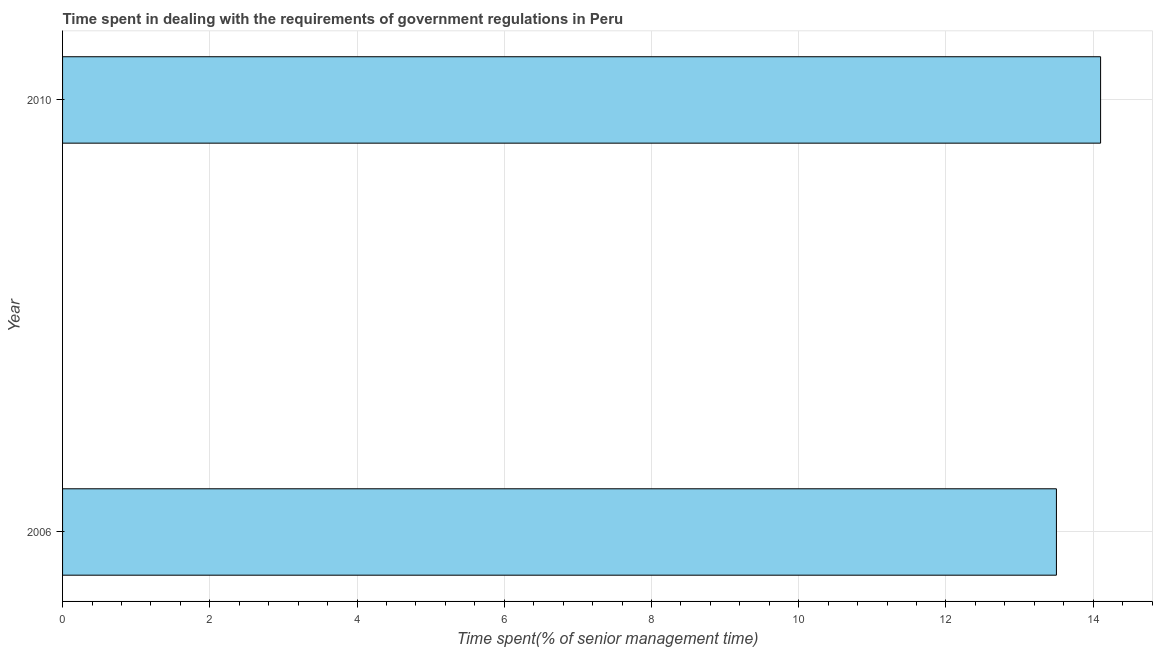
| Year | Government regulations |
 | --- | --- |
 | 2006 | 13.5 |
 | 2010 | 14.1 |